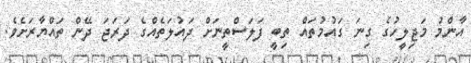
އާންމު މަޖިލީހުގެ ގިނަ ގައުމުތައް ތިބީ ފަލަސްތީނަށް ދައުލަތެއްގެ ދަރަޖަ ދޭން ތައްޔާރަށެވެ.